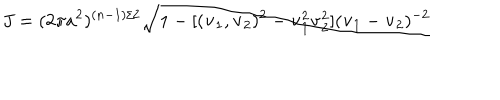
J = ( 2 \pi a ^ { 2 } ) ^ { ( n - 1 ) / 2 } \sqrt { 1 - [ ( { \bf v } _ { 1 } , { \bf v } _ { 2 } ) ^ { 2 } - { \bf v } _ { 1 } ^ { 2 } { \bf v } _ { 2 } ^ { 2 } ] ( { \bf v } _ { 1 } - { \bf v } _ { 2 } ) ^ { - 2 } }